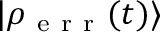
| \rho _ { \mathrm { ~ e ~ r ~ r ~ } } ( t ) \rangle